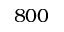
8 0 0